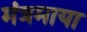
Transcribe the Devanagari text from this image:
मंत्रमाया